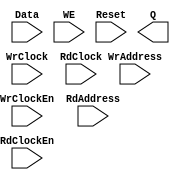
// --------------------------------------------------------------------
// >>>>>>>>>>>>>>>>>>>>>>>>> COPYRIGHT NOTICE <<<<<<<<<<<<<<<<<<<<<<<<<
// --------------------------------------------------------------------
// Copyright (c) 2005-2011 by Lattice Semiconductor Corporation
// --------------------------------------------------------------------
//
//
//                     Lattice Semiconductor Corporation
//                     5555 NE Moore Court
//                     Hillsboro, OR 97214
//                     U.S.A.
//
//                     TEL: 1-800-Lattice  (USA and Canada)
//                          1-408-826-6000 (other locations)
//
//                     web: http://www.latticesemi.com/
//
// --------------------------------------------------------------------
//
// Black Box definition for PMI Blocks
// fpga\verilog\pkg\versclibs\data\pmi\pmi_def.v 1.37 15-FEB-2013 12:19:58 PYAO

module pmi_distributed_dpram 
  #(parameter pmi_addr_depth = 32,
    parameter pmi_addr_width = 5,
    parameter pmi_data_width = 8,
    parameter pmi_regmode = "reg",
    parameter pmi_init_file = "none",
    parameter pmi_init_file_format = "binary",
    parameter pmi_family = "EC",
    parameter module_type = "pmi_distributed_dpram")

    (
    input [(pmi_addr_width-1):0] WrAddress,
    input [(pmi_data_width-1):0] Data,
    input WrClock,
    input WE,
    input WrClockEn,
    input [(pmi_addr_width-1):0] RdAddress,
    input RdClock,
    input RdClockEn,
    input Reset,
    output [(pmi_data_width-1):0] Q)/* synthesis syn_black_box */;

endmodule // pmi_distributed_dpram

module pmi_distributed_rom
  #(parameter pmi_addr_depth = 32,
    parameter pmi_addr_width = 5,
    parameter pmi_data_width = 8,
    parameter pmi_regmode = "reg",
    parameter pmi_init_file = "none",
    parameter pmi_init_file_format = "binary",
    parameter pmi_family = "EC",
    parameter module_type = "pmi_distributed_rom")
    (
     input [(pmi_addr_width-1):0] Address,
     input OutClock,
     input OutClockEn,
     input Reset,
     output [(pmi_data_width-1):0] Q)/* synthesis syn_black_box */;
   
endmodule // pmi_distributed_rom


module pmi_distributed_spram 
  #(parameter pmi_addr_depth = 32,
    parameter pmi_addr_width = 5,
    parameter pmi_data_width = 8,
    parameter pmi_regmode = "reg",
    parameter pmi_init_file = "none",
    parameter pmi_init_file_format = "binary",
    parameter pmi_family = "EC",
    parameter module_type = "pmi_distributed_spram")

    (
     input [(pmi_addr_width-1):0] Address,
     input [(pmi_data_width-1):0] Data,
     input Clock,
     input ClockEn,
     input WE,
     input Reset,
     output [(pmi_data_width-1):0] Q)/* synthesis syn_black_box */;

endmodule // pmi_distributed_spram

module pmi_distributed_shift_reg
  #(parameter pmi_data_width = 16,
    parameter pmi_regmode = "reg",
    parameter pmi_shiftreg_type = "fixed",
    parameter pmi_num_shift = 16,
    parameter pmi_num_width = 4,
    parameter pmi_max_shift = 16,
    parameter pmi_max_width = 4,
    parameter pmi_init_file = "none",
    parameter pmi_init_file_format = "binary",
    parameter pmi_family = "EC",
    parameter module_type = "pmi_distributed_shift_reg")
  
    (
     input [(pmi_data_width-1):0] Din,
     input [(pmi_max_width-1):0] Addr,
     input Clock,
     input ClockEn,
     input Reset,
     output [(pmi_data_width-1):0] Q)/*synthesis syn_black_box*/;

endmodule // pmi_distributed_shift_reg

module pmi_constant_mult #(parameter pmi_dataa_width = 8, 
                  parameter pmi_datab_width = 8,
                  parameter module_type = "pmi_constant_mult",
                  parameter pmi_sign = "on",
                  parameter pmi_additional_pipeline = 1,
                  parameter pmi_constant_value = 2,
                  parameter pmi_input_reg = "on",
                  parameter pmi_output_reg = "on",
                  parameter pmi_family = "EC",
                  parameter pmi_implementation = "LUT")

              (input   [(pmi_dataa_width-1):0]  DataA,
               input   Clock, ClkEn, Aclr,
               output  [(pmi_dataa_width + pmi_datab_width - 1):0]  Result)/*synthesis syn_black_box*/;

endmodule // pmi_constant_mult

module pmi_mult #(parameter pmi_dataa_width = 8, 
	       parameter pmi_datab_width = 8,
	       parameter module_type = "pmi_mult",
	       parameter pmi_sign = "on",
	       parameter pmi_additional_pipeline = 1,
	       parameter pmi_input_reg = "on",
	       parameter pmi_output_reg = "on",
	       parameter pmi_family = "EC",
	       parameter pmi_implementation = "LUT")

	      (input   [(pmi_dataa_width-1):0]  DataA,
	       input   [(pmi_datab_width-1):0]  DataB,
	       input   Clock, ClkEn, Aclr,
	       output  [(pmi_dataa_width + pmi_datab_width - 1):0]  Result)/*synthesis syn_black_box*/;

endmodule // pmi_mult

module pmi_mac #(parameter pmi_dataa_width = 8,
	       parameter pmi_datab_width = 8,
	       parameter pmi_accum_width = 32,
	       parameter module_type = "pmi_mac",
	       parameter pmi_sign = "on",
	       parameter pmi_additional_pipeline = 1,
	       parameter pmi_add_sub = "add",
	       parameter pmi_input_reg = "on",
	       parameter pmi_family = "EC",
	       parameter pmi_implementation = "LUT")

	      (input   [(pmi_dataa_width - 1):0]  DataA,
	       input   [(pmi_datab_width - 1):0]  DataB,
	       input   Clock, ClkEn, Aclr,
	       output  [(pmi_accum_width - 1):0]  Result)/*synthesis syn_black_box*/;

endmodule // pmi_mac

module pmi_multaddsub #(parameter pmi_dataa_width = 8, 
	       parameter pmi_datab_width = 8,
	       parameter module_type = "pmi_multaddsub",
	       parameter pmi_sign = "on",
	       parameter pmi_additional_pipeline = 1,
	       parameter pmi_add_sub = "add",
	       parameter pmi_input_reg = "on",
	       parameter pmi_output_reg = "on",
	       parameter pmi_family = "EC",
	       parameter pmi_implementation = "LUT")

	      (input   [(pmi_dataa_width-1):0]  DataA0,
	       input   [(pmi_dataa_width-1):0]  DataA1,
	       input   [(pmi_datab_width-1):0]  DataB0,
	       input   [(pmi_datab_width-1):0]  DataB1,
	       input   Clock, ClkEn, Aclr,
	       output  [(pmi_dataa_width + pmi_datab_width):0]  Result)/*synthesis syn_black_box*/;

endmodule // pmi_multaddsub

module pmi_multaddsubsum #(parameter pmi_dataa_width = 8, 
	       parameter pmi_datab_width = 8,
	       parameter module_type = "pmi_multaddsubsum",
	       parameter pmi_sign = "on",
	       parameter pmi_additional_pipeline = 1,
	       parameter pmi_add_sub0 = "add",
	       parameter pmi_add_sub1 = "add",
	       parameter pmi_input_reg = "on",
	       parameter pmi_output_reg = "on",
	       parameter pmi_family = "EC",
	       parameter pmi_implementation = "LUT")

	      (input   [(pmi_dataa_width-1):0]  DataA0,
	       input   [(pmi_dataa_width-1):0]  DataA1,
	       input   [(pmi_dataa_width-1):0]  DataA2,
	       input   [(pmi_dataa_width-1):0]  DataA3,
	       input   [(pmi_datab_width-1):0]  DataB0,
	       input   [(pmi_datab_width-1):0]  DataB1,
	       input   [(pmi_datab_width-1):0]  DataB2,
	       input   [(pmi_datab_width-1):0]  DataB3,
	       input   Clock, ClkEn, Aclr,
	       output  [(pmi_dataa_width + pmi_datab_width + 1):0]  Result)/*synthesis syn_black_box*/;

endmodule // pmi_multaddsubsum

module pmi_complex_mult #(parameter pmi_dataa_width = 8,
	       parameter pmi_datab_width = 8,
	       parameter module_type = "pmi_complex_mult",
	       parameter pmi_sign = "on",
	       parameter pmi_additional_pipeline = 1,
	       parameter pmi_input_reg = "on",
	       parameter pmi_output_reg = "on",
	       parameter pmi_family = "EC",
	       parameter pmi_mult_mode = 3,
	       parameter pmi_implementation = "LUT")

	      (input   [(pmi_dataa_width-1):0]  DataA_Re,
	       input   [(pmi_dataa_width-1):0]  DataA_Im,
	       input   [(pmi_datab_width-1):0]  DataB_Re,
	       input   [(pmi_datab_width-1):0]  DataB_Im,
	       input   Clock, ClkEn, Aclr,
	       output  [(pmi_dataa_width + pmi_datab_width):0]  Result_Re,
	       output  [(pmi_dataa_width + pmi_datab_width):0]  Result_Im)/*synthesis syn_black_box*/;

endmodule // pmi_complex_mult

module pmi_add 
  #(parameter pmi_data_width = 8,
    parameter pmi_result_width = 8,
    parameter pmi_sign = "off",
    parameter pmi_family = "EC",
    parameter module_type = "pmi_add"
    )

    (
     input [pmi_data_width-1:0] DataA,
     input [pmi_data_width-1:0] DataB,
     input Cin,
     output [pmi_data_width-1:0] Result,
     output Cout,
     output Overflow)/*synthesis syn_black_box */;
endmodule // pmi_add

module pmi_sub 
  #(parameter pmi_data_width = 8,
    parameter pmi_result_width = 8,
    parameter pmi_sign = "off",
    parameter pmi_family = "EC",
    parameter module_type = "pmi_sub"
    )
    
    (
     input [pmi_data_width-1:0] DataA,
     input [pmi_data_width-1:0] DataB,
     input Cin,
     output [pmi_data_width-1:0] Result,
     output Cout,
     output Overflow)/*synthesis syn_black_box */;
endmodule // pmi_sub

module pmi_counter 
  #(parameter pmi_data_width = 8,
    parameter pmi_updown = "up",
    parameter pmi_family = "EC",
    parameter module_type = "pmi_counter"
    )

  (
   input Clock,
   input Clk_En,
   input Aclr,
   input UpDown,
   output [pmi_data_width-1:0] Q)/*synthesis syn_black_box */;
endmodule // pmi_counter

module pmi_addsub #(parameter pmi_data_width = 8,
		    parameter pmi_result_width = 8,
		    parameter pmi_sign = "off",
		    parameter pmi_family = "EC",
		    parameter module_type = "pmi_addsub"
		    )
  
  (
   input [pmi_data_width-1:0] DataA,
   input [pmi_data_width-1:0] DataB,
   input Cin,
   input Add_Sub,
   output [pmi_data_width-1:0] Result,
   output Cout,
   output Overflow)/*synthesis syn_black_box */;
endmodule // pmi_addsub

module pmi_ram_dp
  #(parameter pmi_wr_addr_depth = 512,
    parameter pmi_wr_addr_width = 9,
    parameter pmi_wr_data_width = 18,
    parameter pmi_rd_addr_depth = 512,
    parameter pmi_rd_addr_width = 9,
    parameter pmi_rd_data_width = 18,
    parameter pmi_regmode = "reg",
    parameter pmi_gsr = "disable",
    parameter pmi_resetmode = "sync",
    parameter pmi_optimization = "speed",
    parameter pmi_init_file = "none",
    parameter pmi_init_file_format = "binary",
    parameter pmi_family = "EC",
    parameter module_type = "pmi_ram_dp")
    
    (input [(pmi_wr_data_width-1):0] Data,
     input [(pmi_wr_addr_width-1):0] WrAddress,
     input [(pmi_rd_addr_width-1):0] RdAddress,
     input  WrClock,
     input  RdClock,
     input  WrClockEn,
     input  RdClockEn,
     input  WE,
     input  Reset,
     output [(pmi_rd_data_width-1):0]  Q) /*synthesis syn_black_box*/;

endmodule // pmi_ram_dp

module pmi_ram_dp_be
  #(parameter pmi_wr_addr_depth = 512,
    parameter pmi_wr_addr_width = 9,
    parameter pmi_wr_data_width = 18,
    parameter pmi_rd_addr_depth = 512,
    parameter pmi_rd_addr_width = 9,
    parameter pmi_rd_data_width = 18,
    parameter pmi_regmode = "reg",
    parameter pmi_gsr = "disable",
    parameter pmi_resetmode = "sync",
    parameter pmi_optimization = "speed",
    parameter pmi_init_file = "none",
    parameter pmi_init_file_format = "binary",
    parameter pmi_byte_size = 9,
    parameter pmi_family = "ECP2",
    parameter module_type = "pmi_ram_dp_be")
    
    (input [(pmi_wr_data_width-1):0] Data,
     input [(pmi_wr_addr_width-1):0] WrAddress,
     input [(pmi_rd_addr_width-1):0] RdAddress,
     input  WrClock,
     input  RdClock,
     input  WrClockEn,
     input  RdClockEn,
     input  WE,
     input  Reset,
     input [((pmi_wr_data_width+pmi_byte_size-1)/pmi_byte_size-1):0] ByteEn,
     output [(pmi_rd_data_width-1):0]  Q) /*synthesis syn_black_box*/;

endmodule // pmi_ram_dp_be

module pmi_ram_dp_true
  #(parameter pmi_addr_depth_a = 512,
    parameter pmi_addr_width_a = 9,
    parameter pmi_data_width_a = 18,
    parameter pmi_addr_depth_b = 512,
    parameter pmi_addr_width_b = 9,
    parameter pmi_data_width_b = 18,
    parameter pmi_regmode_a = "reg",
    parameter pmi_regmode_b = "reg",
    parameter pmi_gsr = "disable",
    parameter pmi_resetmode = "sync",
    parameter pmi_optimization = "speed",
    parameter pmi_init_file = "none",
    parameter pmi_init_file_format = "binary",
    parameter pmi_write_mode_a = "normal",
    parameter pmi_write_mode_b = "normal",
    parameter pmi_family = "EC",
    parameter module_type = "pmi_ram_dp_true")
  
    (input [(pmi_data_width_a-1):0]	DataInA,
     input [(pmi_data_width_b-1):0]	DataInB,
     input [(pmi_addr_width_a-1):0] AddressA,
     input [(pmi_addr_width_b-1):0] AddressB,
     input  ClockA,
     input  ClockB,
     input  ClockEnA,
     input  ClockEnB,
     input  WrA,
     input  WrB,
     input  ResetA,
     input  ResetB,
     output [(pmi_data_width_a-1):0]  QA,
     output [(pmi_data_width_b-1):0]  QB)/*synthesis syn_black_box */;
   
endmodule // pmi_ram_dp_true

module pmi_ram_dp_true_be
  #(parameter pmi_addr_depth_a = 512,
    parameter pmi_addr_width_a = 9,
    parameter pmi_data_width_a = 18,
    parameter pmi_addr_depth_b = 512,
    parameter pmi_addr_width_b = 9,
    parameter pmi_data_width_b = 18,
    parameter pmi_regmode_a = "reg",
    parameter pmi_regmode_b = "reg",
    parameter pmi_gsr = "disable",
    parameter pmi_resetmode = "sync",
    parameter pmi_optimization = "speed",
    parameter pmi_init_file = "none",
    parameter pmi_init_file_format = "binary",
    parameter pmi_write_mode_a = "normal",
    parameter pmi_write_mode_b = "normal",
    parameter pmi_byte_size = 9,
    parameter pmi_family = "ECP2",
    parameter module_type = "pmi_ram_dp_true_be")
  
    (input [(pmi_data_width_a-1):0]	DataInA,
     input [(pmi_data_width_b-1):0]	DataInB,
     input [(pmi_addr_width_a-1):0] AddressA,
     input [(pmi_addr_width_b-1):0] AddressB,
     input  ClockA,
     input  ClockB,
     input  ClockEnA,
     input  ClockEnB,
     input  WrA,
     input  WrB,
     input  ResetA,
     input  ResetB,
     input [((pmi_data_width_a+pmi_byte_size-1)/pmi_byte_size-1):0] ByteEnA,
     input [((pmi_data_width_b+pmi_byte_size-1)/pmi_byte_size-1):0] ByteEnB,
     output [(pmi_data_width_a-1):0]  QA,
     output [(pmi_data_width_b-1):0]  QB)/*synthesis syn_black_box */;
   
endmodule // pmi_ram_dp_true_be

module pmi_ram_dq
  #(parameter pmi_addr_depth = 512,
    parameter pmi_addr_width = 9,
    parameter pmi_data_width = 18,
    parameter pmi_regmode = "reg",
    parameter pmi_gsr = "disable",
    parameter pmi_resetmode = "sync",
    parameter pmi_optimization = "speed",
    parameter pmi_init_file = "none",
    parameter pmi_init_file_format = "binary",
    parameter pmi_write_mode = "normal",
    parameter pmi_family = "EC",
    parameter module_type = "pmi_ram_dq")
    
    (input [(pmi_data_width-1):0]	Data,
     input [(pmi_addr_width-1):0] Address,
     input  Clock,
     input  ClockEn,
     input  WE,
     input  Reset,
     output [(pmi_data_width-1):0]  Q)/*synthesis syn_black_box*/;
   
endmodule // pmi_ram_dq

module pmi_ram_dq_be
  #(parameter pmi_addr_depth = 512,
    parameter pmi_addr_width = 9,
    parameter pmi_data_width = 18,
    parameter pmi_regmode = "reg",
    parameter pmi_gsr = "disable",
    parameter pmi_resetmode = "sync",
    parameter pmi_optimization = "speed",
    parameter pmi_init_file = "none",
    parameter pmi_init_file_format = "binary",
    parameter pmi_write_mode = "normal",
    parameter pmi_byte_size = 9,
    parameter pmi_family = "ECP2",
    parameter module_type = "pmi_ram_dq_be")
    
    (input [(pmi_data_width-1):0]	Data,
     input [(pmi_addr_width-1):0] Address,
     input  Clock,
     input  ClockEn,
     input  WE,
     input  Reset,
     input [((pmi_data_width+pmi_byte_size-1)/pmi_byte_size-1):0] ByteEn,
     output [(pmi_data_width-1):0]  Q)/*synthesis syn_black_box*/;
   
endmodule // pmi_ram_dq_be

module pmi_rom
  #(parameter pmi_addr_depth = 512,
    parameter pmi_addr_width = 9,
    parameter pmi_data_width = 8,
    parameter pmi_regmode = "reg",
    parameter pmi_gsr = "disable",
    parameter pmi_resetmode = "sync",
    parameter pmi_optimization = "speed",
    parameter pmi_init_file = "none",
    parameter pmi_init_file_format = "binary",
    parameter pmi_family = "EC",
    parameter module_type = "pmi_rom")

    (input [(pmi_addr_width-1):0]	Address,
     input OutClock,
     input OutClockEn,
     input Reset,
     output [(pmi_data_width-1):0] Q)/*synthesis syn_black_box*/;

endmodule // pmi_rom

module pmi_fifo_dc #(
		     parameter pmi_data_width_w = 18,
		     parameter pmi_data_width_r = 18,
		     parameter pmi_data_depth_w = 256,
		     parameter pmi_data_depth_r = 256,
		     parameter pmi_full_flag = 256,
		     parameter pmi_empty_flag = 0,
		     parameter pmi_almost_full_flag = 252,
		     parameter pmi_almost_empty_flag = 4,
		     parameter pmi_regmode = "reg",
		     parameter pmi_resetmode = "async",
		     parameter pmi_family = "EC" ,
		     parameter module_type = "pmi_fifo_dc",
			  parameter pmi_implementation = "EBR"
		     )

  (input  [pmi_data_width_w-1:0] Data,
   input WrClock,
   input RdClock,
   input WrEn,
   input RdEn,
   input Reset,
   input RPReset,
   output [pmi_data_width_r-1:0] Q,
   output Empty,
   output Full,
   output AlmostEmpty,
   output AlmostFull)/*synthesis syn_black_box */;

endmodule // pmi_fifo_dc

module pmi_fifo #(
		     parameter pmi_data_width = 8,
		     parameter pmi_data_depth = 256,
		     parameter pmi_full_flag = 256,
		     parameter pmi_empty_flag = 0,
		     parameter pmi_almost_full_flag = 252,
		     parameter pmi_almost_empty_flag = 4,
		     parameter pmi_regmode = "reg",
		     parameter pmi_family = "EC" ,
		     parameter module_type = "pmi_fifo",
			  parameter pmi_implementation = "EBR")

  (input  [pmi_data_width-1:0] Data,
   input Clock,
   input WrEn,
   input RdEn,
   input Reset,
   output [pmi_data_width-1:0] Q,
   output Empty,
   output Full,
   output AlmostEmpty,
   output AlmostFull)/*synthesis syn_black_box */;

endmodule // pmi_fifo

module pmi_dsp_mac #(
parameter pmi_dataa_width = 8,
   parameter pmi_datab_width = 8,
   parameter pmi_additional_pipeline = 0,
   parameter pmi_input_reg = "on",
   parameter pmi_family = "ECP2",
   parameter pmi_gsr = "enable",
   parameter pmi_source_control_a = "parallel",
   parameter pmi_source_control_b = "parallel",
   parameter pmi_reg_inputa_clk = "CLK0",
   parameter pmi_reg_inputa_ce = "CE0",
   parameter pmi_reg_inputa_rst = "RST0",
   parameter pmi_reg_inputb_clk = "CLK0",
   parameter pmi_reg_inputb_ce = "CE0",
   parameter pmi_reg_inputb_rst = "RST0",
   parameter pmi_reg_pipeline_clk = "CLK0",
   parameter pmi_reg_pipeline_ce = "CE0",
   parameter pmi_reg_pipeline_rst = "RST0",
   parameter pmi_reg_output_clk = "CLK0",
   parameter pmi_reg_output_ce = "CE0",
   parameter pmi_reg_output_rst = "RST0",
   parameter pmi_reg_signeda_0_clk = "CLK0",
   parameter pmi_reg_signeda_0_ce = "CE0",
   parameter pmi_reg_signeda_0_rst = "RST0",
   parameter pmi_reg_signeda_1_clk = "CLK0",
   parameter pmi_reg_signeda_1_ce = "CE0",
   parameter pmi_reg_signeda_1_rst = "RST0",
   parameter pmi_reg_signedb_0_clk = "CLK0",
   parameter pmi_reg_signedb_0_ce = "CE0",
   parameter pmi_reg_signedb_0_rst = "RST0",
   parameter pmi_reg_signedb_1_clk = "CLK0",
   parameter pmi_reg_signedb_1_ce = "CE0",
   parameter pmi_reg_signedb_1_rst = "RST0",
   parameter pmi_reg_addnsub_0_clk = "CLK0",
   parameter pmi_reg_addnsub_0_ce = "CE0",
   parameter pmi_reg_addnsub_0_rst = "RST0",
   parameter pmi_reg_addnsub_1_clk = "CLK0",
   parameter pmi_reg_addnsub_1_ce = "CE0",
   parameter pmi_reg_addnsub_1_rst = "RST0",
   parameter pmi_reg_accumsload_0_clk = "CLK0",
   parameter pmi_reg_accumsload_0_ce = "CE0",
   parameter pmi_reg_accumsload_0_rst = "RST0",
   parameter pmi_reg_accumsload_1_clk = "CLK0",
   parameter pmi_reg_accumsload_1_ce = "CE0",
   parameter pmi_reg_accumsload_1_rst = "RST0",
   parameter module_type = "pmi_dsp_mac")

  (input [(pmi_dataa_width-1):0]       A,
   input [(pmi_datab_width-1):0]       B,
   input [17:0]       SRIA,
   input [17:0]       SRIB,
   input CLK0,
   input CLK1,
   input CLK2,
   input CLK3,
   input CE0,
   input CE1,
   input CE2,
   input CE3,
   input RST0,
   input RST1,
   input RST2,
   input RST3,
   input SignA,
   input SignB,
   input SourceA,
   input SourceB,
   input ADDNSUB,
   input [((pmi_dataa_width + pmi_datab_width - 1) + 16):0] LD,
   input ACCUMSLOAD,
   output [((pmi_dataa_width + pmi_datab_width - 1) + 16):0] ACCUM,
   output OVERFLOW,
   output [17:0]  SROA,
   output [17:0]  SROB)/*synthesis syn_black_box */;

endmodule // pmi_dsp_mac

module pmi_dsp_mult
 #(parameter pmi_dataa_width = 8,
   parameter pmi_datab_width = 8,
   parameter pmi_additional_pipeline = 0,
   parameter pmi_input_reg = "on",
   parameter pmi_output_reg = "on",
   parameter pmi_family = "ECP2",
   parameter pmi_gsr = "enable",
   parameter pmi_source_control_a = "parallel",
   parameter pmi_source_control_b = "parallel",
   parameter pmi_reg_inputa_clk = "CLK0",
   parameter pmi_reg_inputa_ce = "CE0",
   parameter pmi_reg_inputa_rst = "RST0",
   parameter pmi_reg_inputb_clk = "CLK0",
   parameter pmi_reg_inputb_ce = "CE0",
   parameter pmi_reg_inputb_rst = "RST0",
   parameter pmi_reg_pipeline_clk = "CLK0",
   parameter pmi_reg_pipeline_ce = "CE0",
   parameter pmi_reg_pipeline_rst = "RST0",
   parameter pmi_reg_output_clk = "CLK0",
   parameter pmi_reg_output_ce = "CE0",
   parameter pmi_reg_output_rst = "RST0",
   parameter pmi_reg_signeda_clk = "CLK0",
   parameter pmi_reg_signeda_ce = "CE0",
   parameter pmi_reg_signeda_rst = "RST0",
   parameter pmi_reg_signedb_clk = "CLK0",
   parameter pmi_reg_signedb_ce = "CE0",
   parameter pmi_reg_signedb_rst = "RST0",
   parameter pmi_pipelined_mode = "off",
   parameter module_type = "pmi_dsp_mult")

  (input [(pmi_dataa_width-1):0]       A,
   input [(pmi_datab_width-1):0]       B,
   input [17:0]       SRIA,
   input [17:0]       SRIB,
   input CLK0,
   input CLK1,
   input CLK2,
   input CLK3,
   input CE0,
   input CE1,
   input CE2,
   input CE3,
   input RST0,
   input RST1,
   input RST2,
   input RST3,
   input SignA,
   input SignB,
   input SourceA,
   input SourceB,
   output [(pmi_dataa_width + pmi_datab_width - 1):0]  P,
   output [17:0]  SROA,
   output [17:0]  SROB)/*synthesis syn_black_box */;

endmodule //pmi_dsp_mult

module pmi_dsp_multaddsub
 #(parameter pmi_dataa_width = 8,
   parameter pmi_datab_width = 8,
   parameter pmi_additional_pipeline = 0,
   parameter pmi_input_reg = "on",
   parameter pmi_output_reg = "on",
   parameter pmi_family = "ECP2",
   parameter pmi_gsr = "enable",
   parameter pmi_source_control_a0 = "parallel",
   parameter pmi_source_control_a1 = "parallel",
   parameter pmi_source_control_b0 = "parallel",
   parameter pmi_source_control_b1 = "parallel",
   parameter pmi_reg_inputa0_clk = "CLK0",
   parameter pmi_reg_inputa0_ce = "CE0",
   parameter pmi_reg_inputa0_rst = "RST0",
   parameter pmi_reg_inputa1_clk = "CLK0",
   parameter pmi_reg_inputa1_ce = "CE0",
   parameter pmi_reg_inputa1_rst = "RST0",
   parameter pmi_reg_inputb0_clk = "CLK0",
   parameter pmi_reg_inputb0_ce = "CE0",
   parameter pmi_reg_inputb0_rst = "RST0",
   parameter pmi_reg_inputb1_clk = "CLK0",
   parameter pmi_reg_inputb1_ce = "CE0",
   parameter pmi_reg_inputb1_rst = "RST0",
   parameter pmi_reg_pipeline0_clk = "CLK0",
   parameter pmi_reg_pipeline0_ce = "CE0",
   parameter pmi_reg_pipeline0_rst = "RST0",
   parameter pmi_reg_pipeline1_clk = "CLK0",
   parameter pmi_reg_pipeline1_ce = "CE0",
   parameter pmi_reg_pipeline1_rst = "RST0",
   parameter pmi_reg_output_clk = "CLK0",
   parameter pmi_reg_output_ce = "CE0",
   parameter pmi_reg_output_rst = "RST0",
   parameter pmi_reg_signeda_0_clk = "CLK0",
   parameter pmi_reg_signeda_0_ce = "CE0",
   parameter pmi_reg_signeda_0_rst = "RST0",
   parameter pmi_reg_signeda_1_clk = "CLK0",
   parameter pmi_reg_signeda_1_ce = "CE0",
   parameter pmi_reg_signeda_1_rst = "RST0",
   parameter pmi_reg_signedb_0_clk = "CLK0",
   parameter pmi_reg_signedb_0_ce = "CE0",
   parameter pmi_reg_signedb_0_rst = "RST0",
   parameter pmi_reg_signedb_1_clk = "CLK0",
   parameter pmi_reg_signedb_1_ce = "CE0",
   parameter pmi_reg_signedb_1_rst = "RST0",
   parameter pmi_reg_addnsub_0_clk = "CLK0",
   parameter pmi_reg_addnsub_0_ce = "CE0",
   parameter pmi_reg_addnsub_0_rst = "RST0",
   parameter pmi_reg_addnsub_1_clk = "CLK0",
   parameter pmi_reg_addnsub_1_ce = "CE0",
   parameter pmi_reg_addnsub_1_rst = "RST0",
   parameter pmi_pipelined_mode = "off",
   parameter module_type = "pmi_dsp_multaddsub")

  (input [(pmi_dataa_width-1):0]       A0, A1,
   input [(pmi_datab_width-1):0]       B0, B1,
   input [17:0]       SRIA,
   input [17:0]       SRIB,
   input CLK0,
   input CLK1,
   input CLK2,
   input CLK3,
   input CE0,
   input CE1,
   input CE2,
   input CE3,
   input RST0,
   input RST1,
   input RST2,
   input RST3,
   input SignA,
   input SignB,
   input ShiftA0,
   input ShiftA1,
   input ShiftB0,
   input ShiftB1,
   input ADDNSUB,
   output [(pmi_dataa_width + pmi_datab_width):0]  SUM,
   output [17:0]  SROA,
   output [17:0]  SROB)/*synthesis syn_black_box */;

endmodule // pmi_dsp_multaddsub

module pmi_dsp_casmultaddsub
 #(parameter pmi_dataa_width = 18,
   parameter pmi_datab_width = 18,
   parameter pmi_additional_pipeline = 0,
   parameter pmi_input_reg = "on",
   parameter pmi_output_reg = "on",
   parameter pmi_family = "ECP3",
   parameter pmi_gsr = "enable",
   parameter pmi_reg_inputa0_clk = "CLK0",
   parameter pmi_reg_inputa0_ce = "CE0",
   parameter pmi_reg_inputa0_rst = "RST0",
   parameter pmi_reg_inputa1_clk = "CLK0",
   parameter pmi_reg_inputa1_ce = "CE0",
   parameter pmi_reg_inputa1_rst = "RST0",
   parameter pmi_reg_inputb0_clk = "CLK0",
   parameter pmi_reg_inputb0_ce = "CE0",
   parameter pmi_reg_inputb0_rst = "RST0",
   parameter pmi_reg_inputb1_clk = "CLK0",
   parameter pmi_reg_inputb1_ce = "CE0",
   parameter pmi_reg_inputb1_rst = "RST0",
   parameter pmi_reg_pipeline0_clk = "CLK0",
   parameter pmi_reg_pipeline0_ce = "CE0",
   parameter pmi_reg_pipeline0_rst = "RST0",
   parameter pmi_reg_pipeline1_clk = "CLK0",
   parameter pmi_reg_pipeline1_ce = "CE0",
   parameter pmi_reg_pipeline1_rst = "RST0",
   parameter pmi_reg_output_clk = "CLK0",
   parameter pmi_reg_output_ce = "CE0",
   parameter pmi_reg_output_rst = "RST0",
   parameter pmi_reg_signeda_0_clk = "CLK0",
   parameter pmi_reg_signeda_0_ce = "CE0",
   parameter pmi_reg_signeda_0_rst = "RST0",
   parameter pmi_reg_signeda_1_clk = "CLK0",
   parameter pmi_reg_signeda_1_ce = "CE0",
   parameter pmi_reg_signeda_1_rst = "RST0",
   parameter pmi_reg_signedb_0_clk = "CLK0",
   parameter pmi_reg_signedb_0_ce = "CE0",
   parameter pmi_reg_signedb_0_rst = "RST0",
   parameter pmi_reg_signedb_1_clk = "CLK0",
   parameter pmi_reg_signedb_1_ce = "CE0",
   parameter pmi_reg_signedb_1_rst = "RST0",
   parameter pmi_reg_addnsub_0_clk = "CLK0",
   parameter pmi_reg_addnsub_0_ce = "CE0",
   parameter pmi_reg_addnsub_0_rst = "RST0",
   parameter pmi_reg_addnsub_1_clk = "CLK0",
   parameter pmi_reg_addnsub_1_ce = "CE0",
   parameter pmi_reg_addnsub_1_rst = "RST0",
   parameter pmi_pipelined_mode = "off",
   parameter pmi_cascade_match_reg = "off",
   parameter module_type = "pmi_dsp_casmultaddsub")

  (input [(pmi_dataa_width-1):0]       A0, A1,
   input [(pmi_datab_width-1):0]       B0, B1,
   input [17:0]       SRIA,
   input [17:0]       SRIB,
   input CLK0,
   input CLK1,
   input CLK2,
   input CLK3,
   input CE0,
   input CE1,
   input CE2,
   input CE3,
   input RST0,
   input RST1,
   input RST2,
   input RST3,
   input SignA,
   input SignB,
   input ShiftA0,
   input ShiftA1,
   input ShiftB0,
   input ShiftB1,
   input ADDNSUB,
   input SignCIN,
   input [53:0] CIN,
   output SignSUM,
   output [53:0]  SUM,
   output [17:0]  SROA,
   output [17:0]  SROB)/*synthesis syn_black_box */;

endmodule // pmi_dsp_casmultaddsub

module pmi_dsp_multaddsubsum
 #(parameter pmi_dataa_width = 8,
   parameter pmi_datab_width = 8,
   parameter pmi_additional_pipeline = 0,
   parameter pmi_input_reg = "on",
   parameter pmi_output_reg = "on",
   parameter pmi_family = "ECP2",
   parameter pmi_gsr = "enable",
   parameter pmi_source_control_a0 = "parallel",
   parameter pmi_source_control_a1 = "parallel",
   parameter pmi_source_control_a2 = "parallel",
   parameter pmi_source_control_a3 = "parallel",
   parameter pmi_source_control_b0 = "parallel",
   parameter pmi_source_control_b1 = "parallel",
   parameter pmi_source_control_b2 = "parallel",
   parameter pmi_source_control_b3 = "parallel",
   parameter pmi_reg_inputa0_clk = "CLK0",
   parameter pmi_reg_inputa0_ce = "CE0",
   parameter pmi_reg_inputa0_rst = "RST0",
   parameter pmi_reg_inputa1_clk = "CLK0",
   parameter pmi_reg_inputa1_ce = "CE0",
   parameter pmi_reg_inputa1_rst = "RST0",
   parameter pmi_reg_inputa2_clk = "CLK0",
   parameter pmi_reg_inputa2_ce = "CE0",
   parameter pmi_reg_inputa2_rst = "RST0",
   parameter pmi_reg_inputa3_clk = "CLK0",
   parameter pmi_reg_inputa3_ce = "CE0",
   parameter pmi_reg_inputa3_rst = "RST0",
   parameter pmi_reg_inputb0_clk = "CLK0",
   parameter pmi_reg_inputb0_ce = "CE0",
   parameter pmi_reg_inputb0_rst = "RST0",
   parameter pmi_reg_inputb1_clk = "CLK0",
   parameter pmi_reg_inputb1_ce = "CE0",
   parameter pmi_reg_inputb1_rst = "RST0",
   parameter pmi_reg_inputb2_clk = "CLK0",
   parameter pmi_reg_inputb2_ce = "CE0",
   parameter pmi_reg_inputb2_rst = "RST0",
   parameter pmi_reg_inputb3_clk = "CLK0",
   parameter pmi_reg_inputb3_ce = "CE0",
   parameter pmi_reg_inputb3_rst = "RST0",
   parameter pmi_reg_pipeline0_clk = "CLK0",
   parameter pmi_reg_pipeline0_ce = "CE0",
   parameter pmi_reg_pipeline0_rst = "RST0",
   parameter pmi_reg_pipeline1_clk = "CLK0",
   parameter pmi_reg_pipeline1_ce = "CE0",
   parameter pmi_reg_pipeline1_rst = "RST0",
   parameter pmi_reg_pipeline2_clk = "CLK0",
   parameter pmi_reg_pipeline2_ce = "CE0",
   parameter pmi_reg_pipeline2_rst = "RST0",
   parameter pmi_reg_pipeline3_clk = "CLK0",
   parameter pmi_reg_pipeline3_ce = "CE0",
   parameter pmi_reg_pipeline3_rst = "RST0",
   parameter pmi_reg_output_clk = "CLK0",
   parameter pmi_reg_output_ce = "CE0",
   parameter pmi_reg_output_rst = "RST0",
   parameter pmi_reg_signeda_0_clk = "CLK0",
   parameter pmi_reg_signeda_0_ce = "CE0",
   parameter pmi_reg_signeda_0_rst = "RST0",
   parameter pmi_reg_signeda_1_clk = "CLK0",
   parameter pmi_reg_signeda_1_ce = "CE0",
   parameter pmi_reg_signeda_1_rst = "RST0",
   parameter pmi_reg_signedb_0_clk = "CLK0",
   parameter pmi_reg_signedb_0_ce = "CE0",
   parameter pmi_reg_signedb_0_rst = "RST0",
   parameter pmi_reg_signedb_1_clk = "CLK0",
   parameter pmi_reg_signedb_1_ce = "CE0",
   parameter pmi_reg_signedb_1_rst = "RST0",
   parameter pmi_reg_addnsub1_0_clk = "CLK0",
   parameter pmi_reg_addnsub1_0_ce = "CE0",
   parameter pmi_reg_addnsub1_0_rst = "RST0",
   parameter pmi_reg_addnsub1_1_clk = "CLK0",
   parameter pmi_reg_addnsub1_1_ce = "CE0",
   parameter pmi_reg_addnsub1_1_rst = "RST0",
   parameter pmi_reg_addnsub3_0_clk = "CLK0",
   parameter pmi_reg_addnsub3_0_ce = "CE0",
   parameter pmi_reg_addnsub3_0_rst = "RST0",
   parameter pmi_reg_addnsub3_1_clk = "CLK0",
   parameter pmi_reg_addnsub3_1_ce = "CE0",
   parameter pmi_reg_addnsub3_1_rst = "RST0",
   parameter pmi_pipelined_mode = "off",
   parameter module_type = "pmi_dsp_multaddsubsum")

  (input [(pmi_dataa_width-1):0]       A0, A1, A2, A3,
   input [(pmi_datab_width-1):0]       B0, B1, B2, B3,
   input [17:0]       SRIA,
   input [17:0]       SRIB,
   input CLK0,
   input CLK1,
   input CLK2,
   input CLK3,
   input CE0,
   input CE1,
   input CE2,
   input CE3,
   input RST0,
   input RST1,
   input RST2,
   input RST3,
   input SignA,
   input SignB,
   input ShiftA0,
   input ShiftA1,
   input ShiftA2,
   input ShiftA3,
   input ShiftB0,
   input ShiftB1,
   input ShiftB2,
   input ShiftB3,
   input ADDNSUB1,
   input ADDNSUB3,
   output [(pmi_dataa_width + pmi_datab_width + 1):0]  SUM,
   output [17:0]  SROA,
   output [17:0]  SROB)/*synthesis syn_black_box */;

endmodule //pmi_dsp_multaddsubsum

module pmi_dsp_preadd_slice #(
    parameter pmi_data_m0a_width = 18,
    parameter pmi_data_m0b_width = 18,
    parameter pmi_data_m1a_width = 18,
    parameter pmi_data_m1b_width = 18,
    parameter pmi_data_m0c_width = 18,
    parameter pmi_data_m1c_width = 18,
    parameter pmi_gsr = "enable",
    parameter pmi_family = "ECP4U",
    parameter pmi_reg_input_m0a_pre_clk = "CLK0",
    parameter pmi_reg_input_m0a_pre_ce = "CE0",
    parameter pmi_reg_input_m0a_pre_rst = "RST0",
    parameter pmi_reg_input_m0b_pre_clk = "CLK0",
    parameter pmi_reg_input_m0b_pre_ce = "CE0",
    parameter pmi_reg_input_m0b_pre_rst = "RST0",
    parameter pmi_reg_input_m0a_mult_clk = "CLK0",
    parameter pmi_reg_input_m0a_mult_ce = "CE0",
    parameter pmi_reg_input_m0a_mult_rst = "RST0",
    parameter pmi_reg_input_m0b_mult_clk = "CLK0",
    parameter pmi_reg_input_m0b_mult_ce = "CE0",
    parameter pmi_reg_input_m0b_mult_rst = "RST0",
    parameter pmi_reg_input_m1a_pre_clk = "CLK0",
    parameter pmi_reg_input_m1a_pre_ce = "CE0",
    parameter pmi_reg_input_m1a_pre_rst = "RST0",
    parameter pmi_reg_input_m1b_pre_clk = "CLK0",
    parameter pmi_reg_input_m1b_pre_ce = "CE0",
    parameter pmi_reg_input_m1b_pre_rst = "RST0",
    parameter pmi_reg_input_m1a_mult_clk = "CLK0",
    parameter pmi_reg_input_m1a_mult_ce = "CE0",
    parameter pmi_reg_input_m1a_mult_rst = "RST0",
    parameter pmi_reg_input_m1b_mult_clk = "CLK0",
    parameter pmi_reg_input_m1b_mult_ce = "CE0",
    parameter pmi_reg_input_m1b_mult_rst = "RST0",
    parameter pmi_reg_input_m0c_clk = "CLK0",
    parameter pmi_reg_input_m0c_ce = "CE0",
    parameter pmi_reg_input_m0c_rst = "RST0",
    parameter pmi_reg_input_m1c_clk = "CLK0",
    parameter pmi_reg_input_m1c_ce = "CE0",
    parameter pmi_reg_input_m1c_rst = "RST0",
    parameter pmi_reg_input_cfb_clk = "CLK0",
    parameter pmi_reg_input_cfb_ce = "CE0",
    parameter pmi_reg_input_cfb_rst = "RST0",
    parameter pmi_reg_pipeline0_clk = "CLK0",
    parameter pmi_reg_pipeline0_ce = "CE0",
    parameter pmi_reg_pipeline0_rst = "RST0",
    parameter pmi_reg_pipeline1_clk = "CLK0",
    parameter pmi_reg_pipeline1_ce = "CE0",
    parameter pmi_reg_pipeline1_rst = "RST0",
    parameter pmi_reg_output_clk = "CLK0",
    parameter pmi_reg_output_ce = "CE0",
    parameter pmi_reg_output_rst = "RST0",
    parameter pmi_reg_oppre0_clk = "CLK0",
    parameter pmi_reg_oppre0_ce = "CE0",
    parameter pmi_reg_oppre0_rst = "RST0",
    parameter pmi_reg_oppre1_clk = "CLK0",
    parameter pmi_reg_oppre1_ce = "CE0",
    parameter pmi_reg_oppre1_rst = "RST0",
    parameter pmi_reg_opcodein0_clk = "CLK0",
    parameter pmi_reg_opcodein0_ce = "CE0",
    parameter pmi_reg_opcodein0_rst = "RST0",
    parameter pmi_reg_opcodein1_clk = "CLK0",
    parameter pmi_reg_opcodein1_ce = "CE0",
    parameter pmi_reg_opcodein1_rst = "RST0",
    parameter pmi_cascade_match_reg = "off",
    parameter pmi_m0_sourcea_mode = "OPA0",
    parameter pmi_m1_sourcea_mode = "OPA1",
    parameter pmi_m0_sourceb_mode = "B",
    parameter pmi_m1_sourceb_mode = "B",
    parameter pmi_pre0_sourcea_mode = "A_SHIFT",
    parameter pmi_pre0_sourceb_mode = "SHIFT",
    parameter pmi_pre0_symmetry_mode = "DIRECT",
    parameter pmi_pre1_sourcea_mode = "A_SHIFT",
    parameter pmi_pre1_sourceb_mode = "SHIFT",
    parameter pmi_pre1_fb_mux = "SHIFT",
    parameter pmi_pre1_symmetry_mode = "DIRECT",
    parameter pmi_highspeed_clk = "NONE",
    parameter pmi_clk0_div = "ENABLED",
    parameter pmi_clk1_div = "ENABLED",
    parameter pmi_clk2_div = "ENABLED",
    parameter pmi_clk3_div = "ENABLED",
    parameter module_type = "pmi_dsp_preadd_slice")

  (input [pmi_data_m0a_width-1:0] M0A, 
   input [pmi_data_m0b_width-1:0] M0B, 
   input [pmi_data_m1a_width-1:0] M1A, 
   input [pmi_data_m1b_width-1:0] M1B, 
   input [pmi_data_m0c_width-1:0] M0C, 
   input [pmi_data_m1c_width-1:0] M1C, 
   input SIGNM0A, SIGNM0B, SIGNM1A, SIGNM1B,
   input SOURCEM0A, SOURCEM1A,
   input [53:0] CFB, CIN,
   input SIGNCIN,
   input [17:0] SRIA, SRIB,
   input [1:0] AMUXSEL, BMUXSEL,
   input [2:0] CMUXSEL,
   input [1:0] OPPRE,
   input [3:0] OP,
   input [3:0] CLK, CE, RST,
   output [53:0] R, CO,
   output SIGNR,
   output [17:0] SROA, SROB)/*synthesis syn_black_box*/;

endmodule //pmi_dsp_preadd_slice

module pmi_pll
 #(parameter pmi_freq_clki = 100,
   parameter pmi_freq_clkfb = 100,
   parameter pmi_freq_clkop = 100,
   parameter pmi_freq_clkos = 100,
   parameter pmi_freq_clkok = 50,
   parameter pmi_family = "EC",
   parameter pmi_phase_adj = 0,
   parameter pmi_duty_cycle = 50,
   parameter pmi_clkfb_source = "CLKOP",
   parameter pmi_fdel = "off",     // ECP2 Only
   parameter pmi_fdel_val = 0,
   parameter module_type = "pmi_pll")

  (input       CLKI,
   input       CLKFB,
   input       RESET,
   output      CLKOP,
   output      CLKOS,
   output      CLKOK,
   output      CLKOK2,
   output      LOCK)/*synthesis syn_black_box */;
endmodule //pmi_pll

module pmi_pll_fp
 #(parameter pmi_freq_clki = "100.0",
   parameter pmi_freq_clkfb = "100.0",
   parameter pmi_freq_clkop = "100.0",
   parameter pmi_freq_clkos = "100.0",
   parameter pmi_freq_clkok = "50.0",
   parameter pmi_family = "EC",
   parameter pmi_phase_adj = "0.0",
   parameter pmi_duty_cycle = "50.0",
   parameter pmi_clkfb_source = "CLKOP",
   parameter pmi_fdel = "off",     // ECP2 Only
   parameter pmi_fdel_val = 0,
   parameter module_type = "pmi_pll_fp")

  (input       CLKI,
   input       CLKFB,
   input       RESET,
   output      CLKOP,
   output      CLKOS,
   output      CLKOK,
   output      CLKOK2,
   output      LOCK)/*synthesis syn_black_box */;
endmodule //pmi_pll_fp

module jtaghub16 #(
    parameter  LSCC_FAMILY = "XO",
    parameter  IP_ENABLE_VAL = "0x0000",
    parameter  HUB_00 = "0x00",
    parameter  HUB_01 = "0x00",
    parameter  HUB_02 = "0x00",
    parameter  HUB_03 = "0x00",
    parameter  HUB_04 = "0x00",
    parameter  HUB_05 = "0x00",
    parameter  HUB_06 = "0x00",
    parameter  HUB_07 = "0x00",
    parameter  HUB_08 = "0x00",
    parameter  HUB_09 = "0x00",
    parameter  HUB_10 = "0x00",
    parameter  HUB_11 = "0x00",
    parameter  HUB_12 = "0x00",
    parameter  HUB_13 = "0x00",
    parameter  HUB_14 = "0x00",
    parameter  HUB_15 = "0x00")
(   
    input          tcka,
    input          tmsa,
    input          tdia,
    input [15 :0]  er2_tdo,

    output         tdoa,
    output         jtck,
    output         jtdi,
    output         jshift,
    output         jupdate,
    output         jrstn,
    output         jce2,
    output reg     cdn,
    output reg [15 :0] ip_enable
) /* synthesis syn_black_box GSR=DISABLED */ ;
endmodule

module jtagconn16 (er2_tdo, jtck, jtdi, jshift, jupdate, jrstn, jce2, ip_enable); //synthesis syn_black_box
  input er2_tdo;
  output jtck, jtdi, jshift, jupdate, jrstn, jce2, ip_enable;

//  parameter JTAG_IP = "ORCA";
//  parameter IP_ID   = "0";
//  parameter HUB_ID  = "0";
endmodule